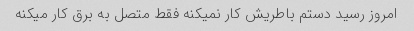
امروز رسید دستم باطریش کار نمیکنه فقط متصل به برق کار میکنه